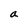
Character: a